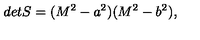
d e t S = ( M ^ { 2 } - a ^ { 2 } ) ( M ^ { 2 } - b ^ { 2 } ) , \qquad